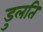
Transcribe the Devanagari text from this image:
डुलति